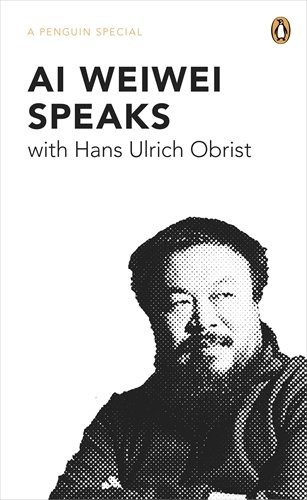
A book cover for Ai Weiwei Speaks: with Hans Ulrich Obrist (A Penguin Special); Hans Ulrich Obrist; Arts & Photography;